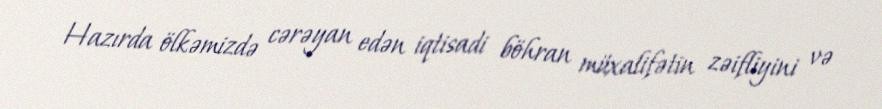
Hazırda ölkəmizdə cərəyan edən iqtisadi böhran müxalifətin zəifliyini və